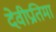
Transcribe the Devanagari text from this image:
देवीप्रतिमा